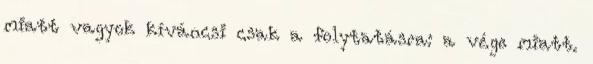
miatt vagyok kíváncsi csak a folytatásra: a vége miatt.